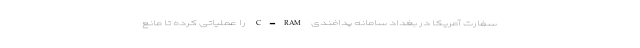
سفارت آمریکا در بغداد سامانه پدافندی C-RAM را عملیاتی کرده تا مانع